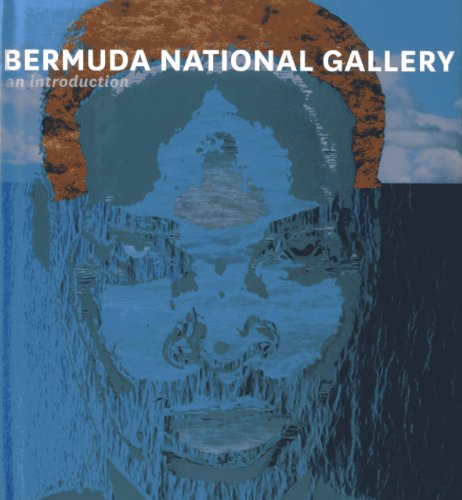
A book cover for Bermuda National Gallery: An Introduction; Lisa Howie; Travel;